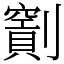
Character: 𠠖